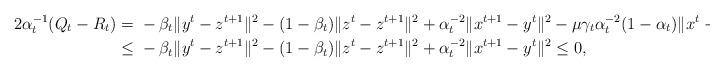
LaTeX: \begin{align*}2\alpha_t^{-1}(Q_t-R_t)=\ &-\beta_t\|y^t-z^{t+1}\|^2-(1-\beta_t)\|z^t-z^{t+1}\|^2+\alpha_t^{-2}\|x^{t+1}-y^t\|^2-\mu\gamma_t\alpha_t^{-2}(1-\alpha_t)\|x^t-y^t\|^2\\\le \ &-\beta_t\|y^t-z^{t+1}\|^2-(1-\beta_t)\|z^t-z^{t+1}\|^2+\alpha_t^{-2}\|x^{t+1}-y^t\|^2 \leq0,\end{align*}